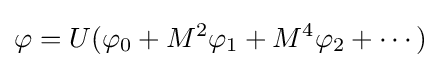
\varphi =U(\varphi _{0}+M^{2}\varphi _{1}+M^{4}\varphi _{2}+\cdots )